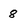
Character: 8